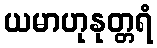
ယမာဟုနုတ္တရံ